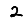
Digit: 2